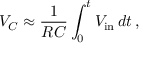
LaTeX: V _ { C } \approx { \frac { 1 } { R C } } \int _ { 0 } ^ { t } V _ { \mathrm { i n } } \, d t \, ,